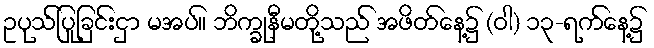
ဥပုသ်ပြုခြင်းငှာ မအပ်။ ဘိက္ခုနီမတို့သည် အဖိတ်နေ့၌ (ဝါ) ၁၃-ရက်နေ့၌